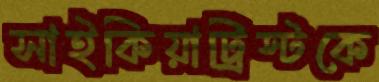
সাইকিয়াট্রিস্টকে